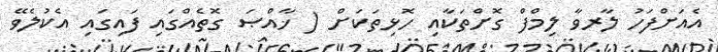
އެއަށްފަހު ލާރވާ ލިމްފް ގޮށްތަކާއި ހޮޅިތަކަށް ( ޚާއްޞަ ގޮތެއްގައި ފައިގައި އެކުލެވޭ